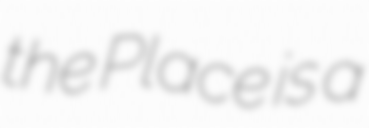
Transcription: the Place is a